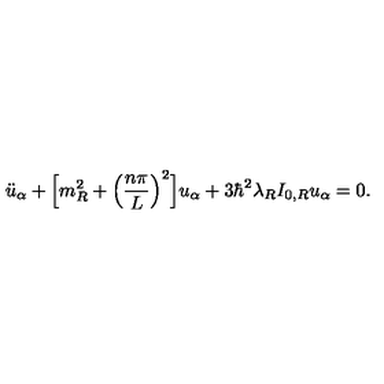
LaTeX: \ddot { u } _ { \alpha } + \Bigl [ m _ { R } ^ { 2 } + \Bigl ( \frac { n \pi } { L } \Bigr ) ^ { 2 } \Bigr ] u _ { \alpha } + 3 \hbar ^ { 2 } \lambda _ { R } I _ { 0 , R } u _ { \alpha } = 0 .